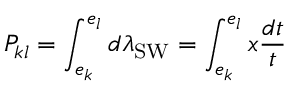
{ \cal P } _ { k l } = \int _ { e _ { k } } ^ { e _ { l } } d \lambda _ { \mathrm { S W } } = \int _ { e _ { k } } ^ { e _ { l } } x \frac { d t } { t }